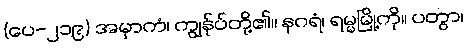
(ပေ-၂၁၉) အမှာကံ၊ ကျွန်ုပ်တို့၏။ နဂရံ၊ ရမ္မမြို့ကို။ ပတွာ၊